Report of the Indian Hemp Drugs Commission, 1894-1895 - Volume IV
Year: 1894
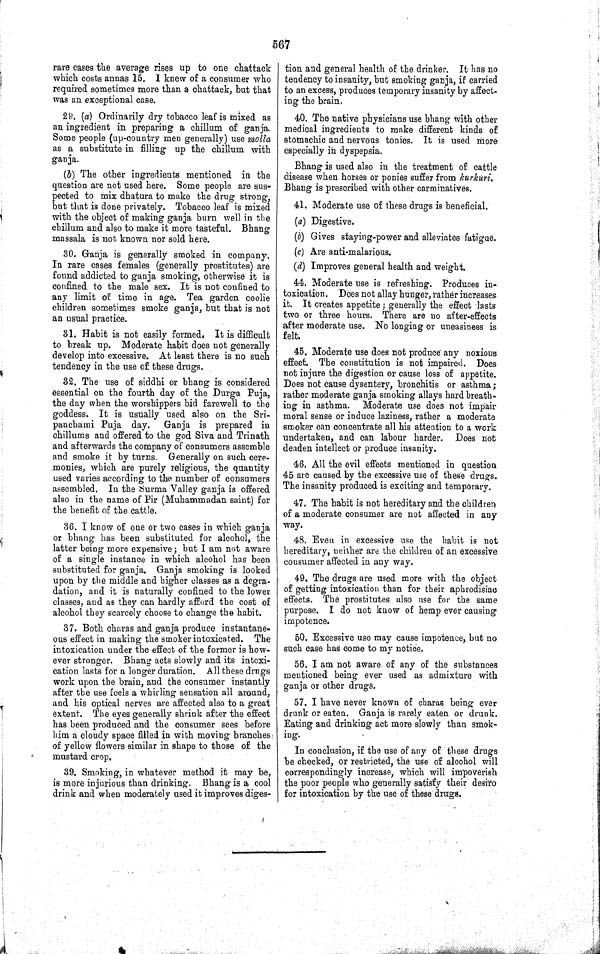
567
rare cases the average rises up to one chattack
which costs annas 15. I knew of a consumer who
required sometimes more than a chattack, but that
was an exceptional case.
29. (a) Ordinarily dry tobacco leaf is mixed as
an ingredient in preparing a chillum of ganja.
Some people (up-country men generally) use molla
as a substitute in filling up the chillum with
ganja.
(b) The other ingredients mentioned in the
question are not used here. Some people are sus-
pected to mix dhatura to make the drug strong,
but that is done privately. Tobacco leaf is mixed
with the object of making ganja burn well in the
chillum and also to make it more tasteful. Bhang
massala is not known nor sold here.
30. Ganja is generally smoked in company.
In rare cases females (generally prostitutes) are
found addicted to ganja smoking, otherwise it is
confined to the male sex. It is not confined to
any limit of time in age. Tea garden coolie
children sometimes smoke ganja, but that is not
an usual practice.
31. Habit is not easily formed. It is difficult
to break up. Moderate habit does not generally
develop into excessive. At least there is no such
tendency in the use of these drugs.
32. The use of siddhi or bhang is considered
essential on the fourth day of the Durga Puja,
the day when the worshippers bid farewell to the
goddess. It is usually used also on the Sri-
panchami Puja day.
Ganja is prepared in
chillums and offered to the god Siva and Trinath
and afterwards the company of consumers assemble
and smoke it by turns. Generally on such cere-
monies, which are purely religious, the quantity
used varies according to the number of consumers
assembled. In the Surma Valley ganja is offered
also in the name of Pir (Muhammadan saint) for
the benefit of the cattle.
36. I know of one or two cases in which ganja
or bhang has been substituted for alcohol, the
latter being more expensive; but I am not aware
of a single instance in which alcohol has been
substituted for ganja. Ganja smoking is looked
upon by the middle and higher classes as a degra-
dation, and it is naturally confined to the lower
classes, and as they can hardly afford the cost of
alcohol they scarcely choose to change the habit.
37. Both charas and ganja produce instantane-
ous effect in making the smoker intoxicated. The
intoxication under the effect of the former is how-
ever stronger. Bhang acts slowly and its intoxi-
cation lasts for a longer duration. All these drugs
work upon the brain, and the consumer instantly
after the use feels a whirling sensation all around,
and his optical nerves are affected also to a great
extent. The eyes generally shrink after the effect
has been produced and the consumer sees before
him a cloudy space filled in with moving branches
of yellow flowers similar in shape to those of the
mustard crop.
39. Smoking, in whatever method it may be,
is more injurious than drinking. Bhang is a cool
drink and when moderately used it improves diges-
tion and general health of the drinker. It has no
tendency to insanity, but smoking ganja, if carried
to an excess, produces temporary insanity by affect-
ing the brain.
40. The native physicians use bhang with other
medical ingredients to make different kinds of
stomachic and nervous tonics. It is used more
especially in dyspepsia.
Bhang is used also in the treatment of cattle
disease when horses or ponies suffer from kurkuri.
Bhang is prescribed with other carminatives.
41. Moderate use of these drugs is beneficial.
(a) Digestive.
(b) Gives staying-power and alleviates fatigue.
(c) Are anti-malarious.
(d) Improves general health and weight.
44. Moderate use is refreshing. Produces in-
toxication. Does not allay hunger, rather increases
it. It creates appetite; generally the effect lasts
two or three hours. There are no after-effects
after moderate use. No longing or uneasiness is
felt.
45. Moderate use does not produce any noxious
effect. The constitution is not impaired. Does
not injure the digestion or cause loss of appetite.
Does not cause dysentery, bronchitis or asthma;
rather moderate ganja smoking allays hard breath-
ing in asthma. Moderate use does not impair
moral sense or induce laziness, rather a moderate
smoker can concentrate all his attention to a work
undertaken, and can labour harder. Does not
deaden intellect or produce insanity.
46. All the evil effects mentioned in question
45 are caused by the excessive use of these drugs.
The insanity produced is exciting and temporary.
47. The habit is not hereditary and the children
of a moderate consumer are not affected in any
way.
48. Even in excessive use the habit is not
hereditary, neither are the children of an excessive
consumer affected in any way.
49. The drugs are used more with the object
of getting intoxication than for their aphrodisiac
effects. The prostitutes also use for the same
purpose. I do not know of hemp ever causing
impotence.
50. Excessive use may cause impotence, but no
such case has come to my notice.
56. I am not aware of any of the substances
mentioned being ever used as admixture with
ganja or other drugs.
57. I have never known of charas being ever
drunk or eaten. Ganja is rarely eaten or drunk.
Eating and drinking act more slowly than smok-
ing.
In conclusion, if the use of any of these drugs
be checked, or restricted, the use of alcohol will
correspondingly increase, which will impoverish
the poor people who generally satisfy their desiro
for intoxication by the use of these drugs.